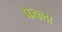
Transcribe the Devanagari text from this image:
फेक्ला